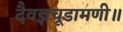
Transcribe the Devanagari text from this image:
दैवज्ञचूडामणी॥